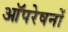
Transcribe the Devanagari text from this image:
आॅपरेषनों